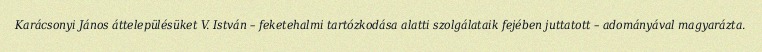
Karácsonyi János áttelepülésüket V. István – feketehalmi tartózkodása alatti szolgálataik fejében juttatott – adományával magyarázta.